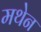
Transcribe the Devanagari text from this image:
मथेन